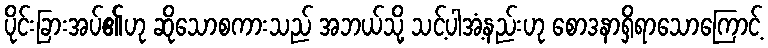
ပိုင်းခြားအပ်၏ဟု ဆိုသောစကားသည် အဘယ်သို့ သင့်ပါအံ့နည်းဟု စောဒနာရှိရာသောကြောင့်